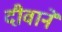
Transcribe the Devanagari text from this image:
दीवानें